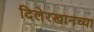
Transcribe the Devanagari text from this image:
दिलेरखानच्या